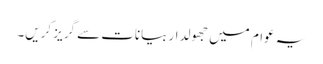
یہ عوام میں جھولدار بیانات سے گریز کریں۔